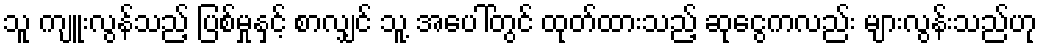
သူ ကျူးလွန်သည့် ပြစ်မှုနှင့် စာလျှင် သူ့ အပေါ်တွင် ထုတ်ထားသည့် ဆုငွေကလည်း များလွန်းသည်ဟု